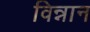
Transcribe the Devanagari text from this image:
विन्नान